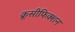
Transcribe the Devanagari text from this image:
क्रूसीफिक्शन